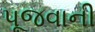
પૂજવાની